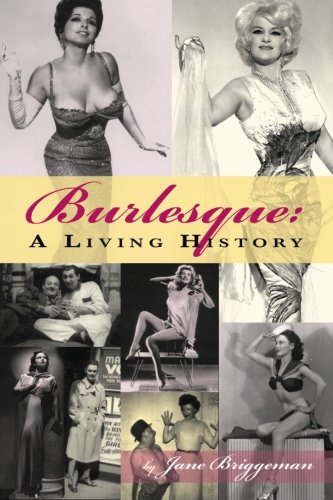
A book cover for Burlesque: A Living History; Jane Briggeman; Biographies & Memoirs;